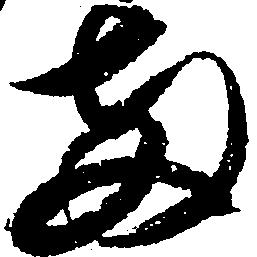
両